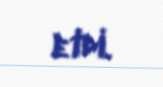
etdi.